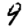
Digit: 9